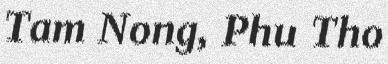
Tam Nong, Phu Tho